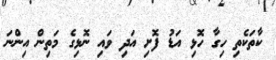
ކާތަކެތި ހިގާ ހޮޅި އަޑު ފޮށި އަދި ވައި ނޮޅިގެ މަތިން އިންނަ